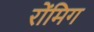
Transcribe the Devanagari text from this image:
रोंमिग